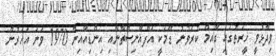
ވިދާޅުވީ ހީރަތުގައި ގާއިމް ކުރެވުނު ޑޭމަކީ އަފްޣާނިސްތާނާއި އިންޑިއާއިން 1970 ވަނަ އަހަރުން